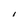
Character: I